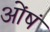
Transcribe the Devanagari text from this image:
ओंषं